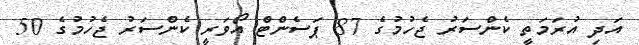
އަދި އުރަމަތީ ކެންސަރު ޖެހުމުގެ 87 ޕަސެންޓް އޯވަރީ ކެންސަރު ޖެހުމުގެ 50